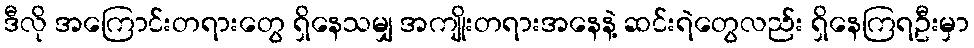
ဒီလို အကြောင်းတရားတွေ ရှိနေသမျှ အကျိုးတရားအနေနဲ့ ဆင်းရဲတွေလည်း ရှိနေကြရဦးမှာ